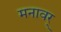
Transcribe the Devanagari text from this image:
मनावर्